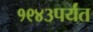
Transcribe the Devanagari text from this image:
१९४३पर्यंत